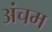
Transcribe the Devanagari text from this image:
अंचम